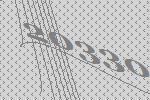
20330